Punjab Mental Hospital Lahore 1932-46 - 1932-1946
Year: 1932
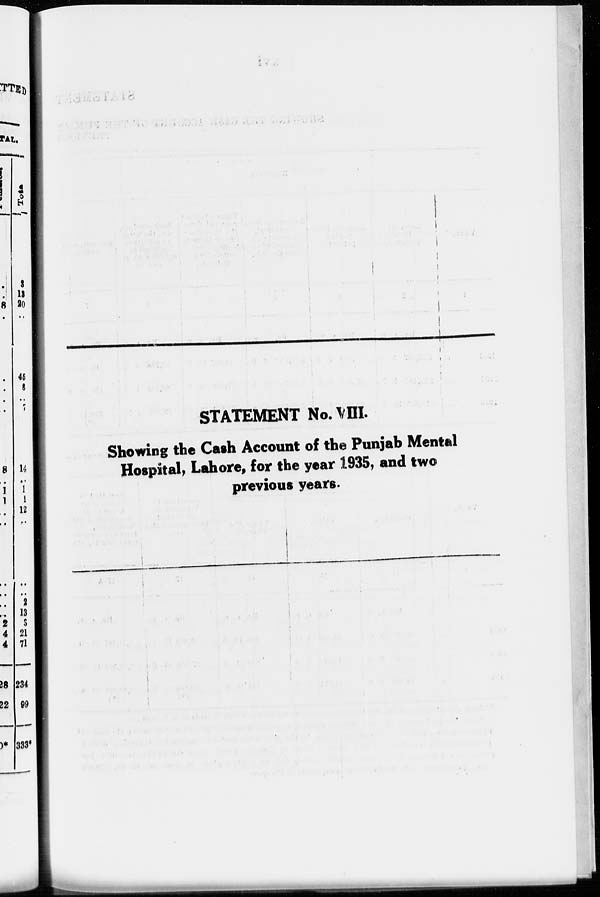
STATEMENT No. VIII.
Showing the Cash Account of the Punjab Mental
Hospital, Lahore, for the year 1935, and two
previous years.